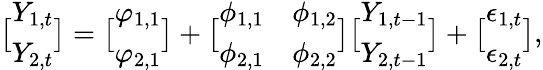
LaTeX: \bigl[\begin{array}{l}{Y_{1,t}}\\ {Y_{2,t}}\end{array}\bigr]=\bigl[\begin{array}{l}{\varphi_{1,1}}\\ {\varphi_{2,1}}\end{array}\bigr]+\bigl[\begin{array}{ll}{\phi_{1,1}}&{\phi_{1,2}}\\ {\phi_{2,1}}&{\phi_{2,2}}\end{array}\bigr]\bigl[\begin{array}{l}{Y_{1,t-1}}\\ {Y_{2,t-1}}\end{array}\bigr]+\bigl[\begin{array}{l}{\epsilon_{1,t}}\\ {\epsilon_{2,t}}\end{array}\bigr],